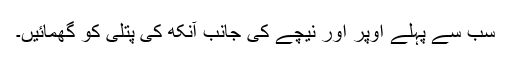
سب سے پہلے اوپر اور نیچے کی جانب آنکھ کی پتلی کو گھمائیں۔